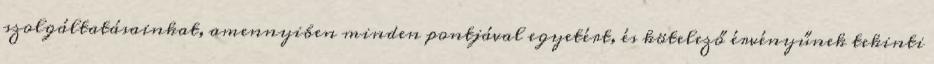
szolgáltatásainkat, amennyiben minden pontjával egyetért, és kötelező érvényűnek tekinti